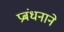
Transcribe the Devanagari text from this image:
प्रबंधनाने